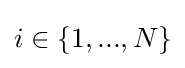
i\in \{1,...,N\}